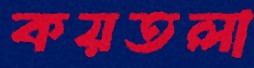
কয়তলা